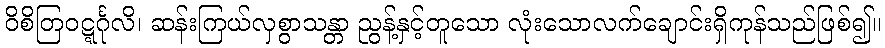
ဝိစိတြဝဋ္ဋင်္ဂုလိ၊ ဆန်းကြယ်လှစွာသန္တာ ညွန့်နှင့်တူသော လုံးသောလက်ချောင်းရှိကုန်သည်ဖြစ်၍။